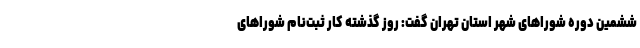
ششمین دوره شوراهای شهر استان تهران گفت: روز گذشته کار ثبت‌نام شوراهای